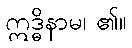
ဣဒ္ဓိနာမ၊ ၏။